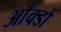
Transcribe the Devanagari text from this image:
आँक्डों